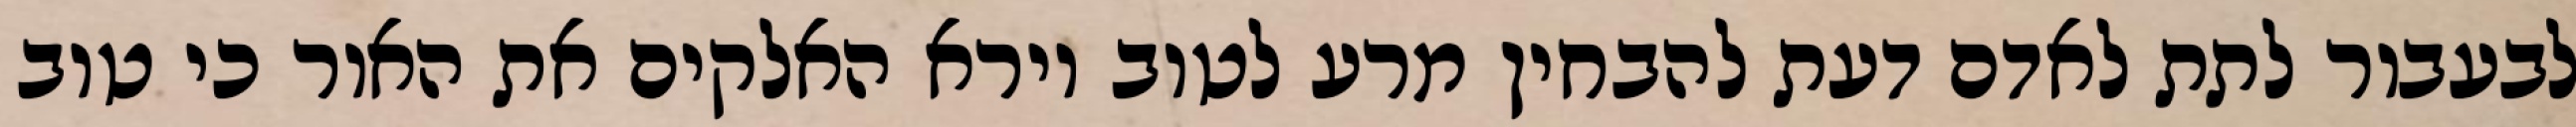
לבעבור לתת לאדם דעת להבחין מרע לטוב וירא האלקים את האור כי טוב